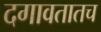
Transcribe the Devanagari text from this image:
दगावतातच